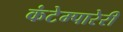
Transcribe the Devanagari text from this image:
कंटेम्पारेरी